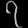
Digit: ၇